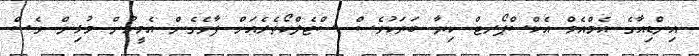
އިންޑިއާގެ އެމްއެމް އެކްސްޕޯރޓް ކިޔާ ބަޔަކުވެސް ސްޓެލްކޯތެރެއަށް ފާވެގެން އެމީހުން މުޅިން ވެސް